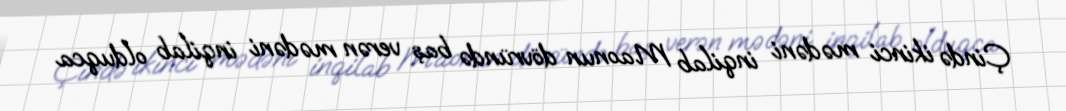
Çində ikinci mədəni inqilab Maonun dövründə baş verən mədəni inqilab olduqca